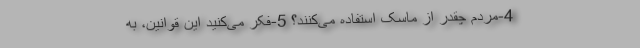
4-مردم چقدر از ماسک استفاده می‌کنند؟ 5-فکر می‌کنید این قوانین، به